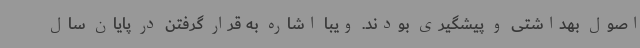
اصول بهداشتی و پیشگیری بودند. ویبا اشاره به قرار گرفتن در پایان سال